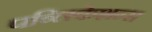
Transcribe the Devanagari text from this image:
पब्‍लिकेशन्‍स